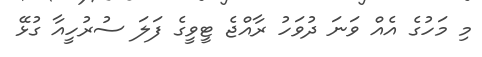
މި މަހުގެ އެއް ވަނަ ދުވަހު ރާއްޖެ ޓީވީގެ ފަލަ ސުރުހީއާ ގުޅޭ